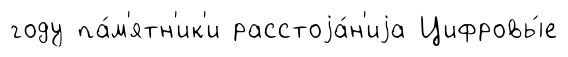
году па́м'ятн'ик'и расстоjа́н'иjа Цифровы́е